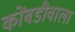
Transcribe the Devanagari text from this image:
कोंबडीवाला